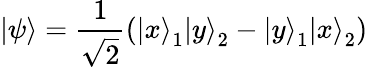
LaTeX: \left|\psi\right\rangle={\frac{1}{\sqrt{2}}}(\left|x\right\rangle_{1}\left|y\right\rangle_{2}-\left|y\right\rangle_{1}\left|x\right\rangle_{2})